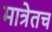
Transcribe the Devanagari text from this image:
मात्रेतच